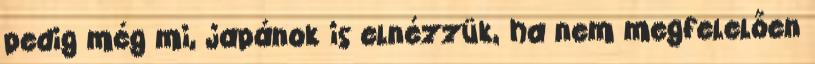
pedig még mi, japánok is elnézzük, ha nem megfelelően